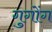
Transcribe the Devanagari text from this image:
गुगोंग